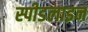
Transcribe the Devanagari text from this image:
स्पीडलाइन